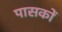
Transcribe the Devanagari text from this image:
पासकों